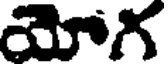
యోగ